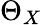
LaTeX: \Theta_{X}